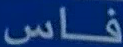
فاس